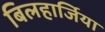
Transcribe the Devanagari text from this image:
बिलहार्जिया